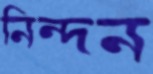
নিন্দন